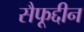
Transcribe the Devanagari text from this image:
सैफूद्दीन